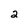
Character: 2